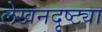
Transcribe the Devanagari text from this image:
लेखनदृष्ट्या